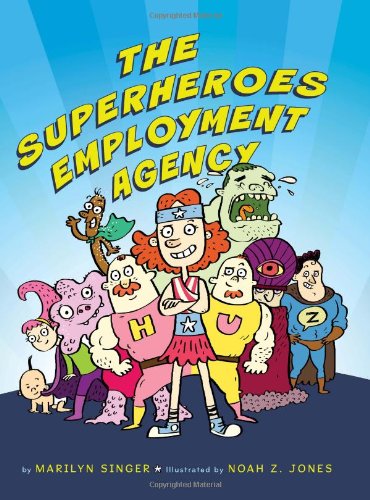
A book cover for The Superheroes Employment Agency; Marilyn Singer; Children's Books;